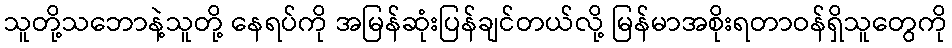
သူတို့သဘောနဲ့သူတို့ နေရပ်ကို အမြန်ဆုံးပြန်ချင်တယ်လို့ မြန်မာအစိုးရတာဝန်ရှိသူတွေကို